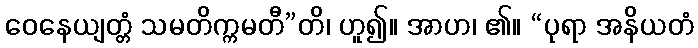
ဝေနေယျတ္တံ သမတိက္ကမတီ”တိ၊ ဟူ၍။ အာဟ၊ ၏။ “ပုရာ အနိယတံ